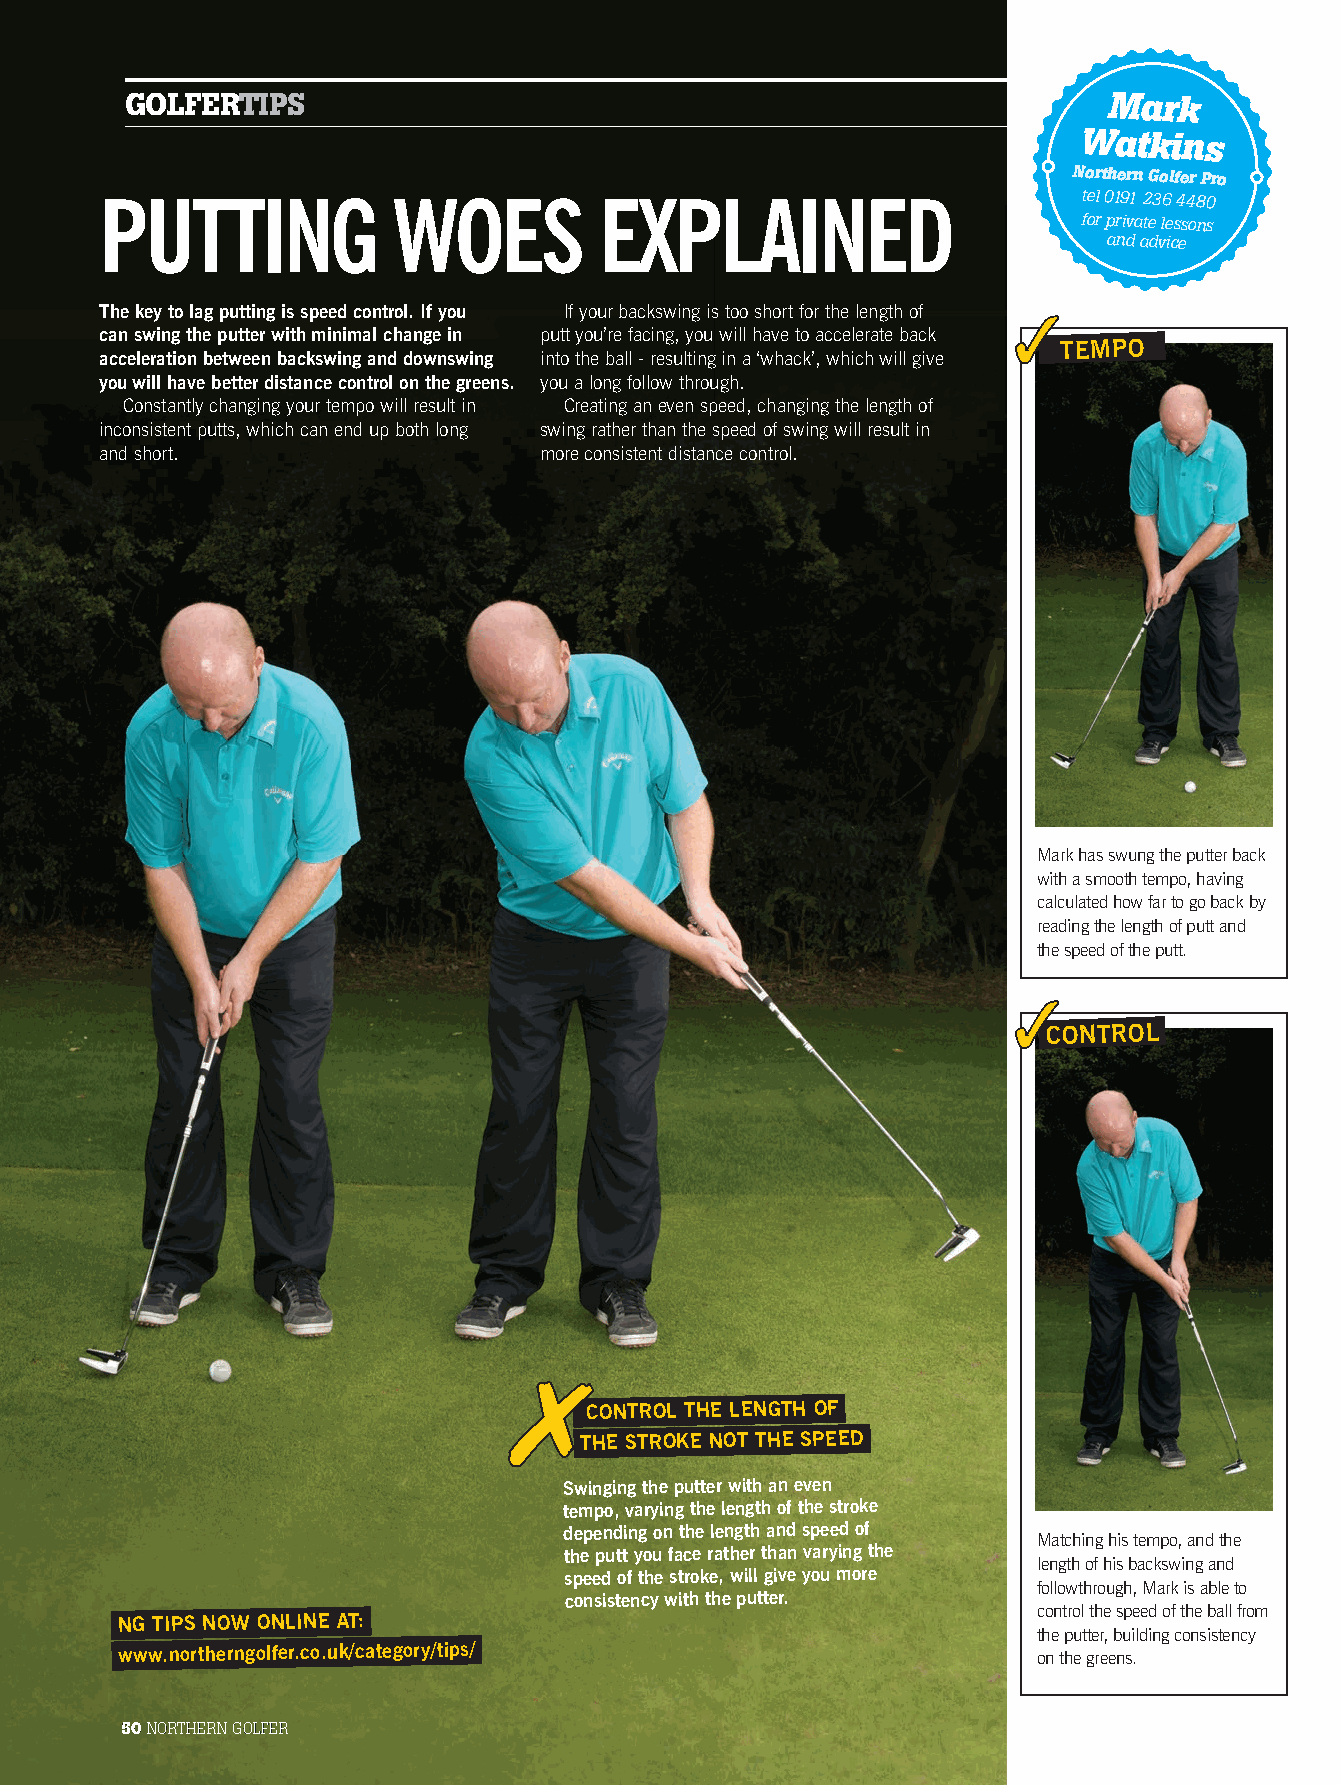
GOLFERTIPS                                                       Mark
 Watkins
 Northern Golfer Pro
 PUTTING             WOES         EXPLAINED                       tel 0191 236 4480
 for private lessons
 and advice
 The key to lag putting is speed control. If you If your backswing is too short for the length of
 can swing the putter with minimal change in putt you’re facing, you will have to accelerate back
 TEMPO
 acceleration between backswing and downswing into the ball - resulting in a ‘whack’, which will give
 you will have better distance control on the greens. you a long follow through.
 Constantly changing your tempo will result in Creating an even speed, changing the length of
 inconsistent putts, which can end up both long swing rather than the speed of swing will result in
 and short.                   more consistent distance control.
 Mark has swung the putter back
 with a smooth tempo, having
 calculated how far to go back by
 reading the length of putt and
 the speed of the putt.
 CONTROL
 CONTROL THE LENGTH OF
 THE STROKE NOT THE SPEED
 Swinging the putter with an even
 tempo, varying the length of the stroke
 depending on the length and speed of
 Matching his tempo, and the
 the putt you face rather than varying the
 length of his backswing and
 speed of the stroke, will give you more
 followthrough, Mark is able to
 consistency with the putter.
 control the speed of the ball from
 NG TIPS NOW ONLINE AT:
 the putter, building consistency
 www.northerngolfer.co.uk/category/tips/
 on the greens.
 5500 NNOORRTTHHEERRNN GGOOLLFFEERR
 NG21.indb 50                                                                    10/02/2014 17:15